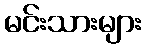
မင်းသားများ